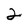
Character: 2